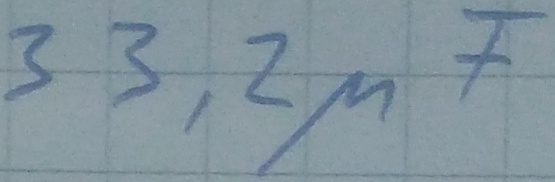
Text: 33,2µF